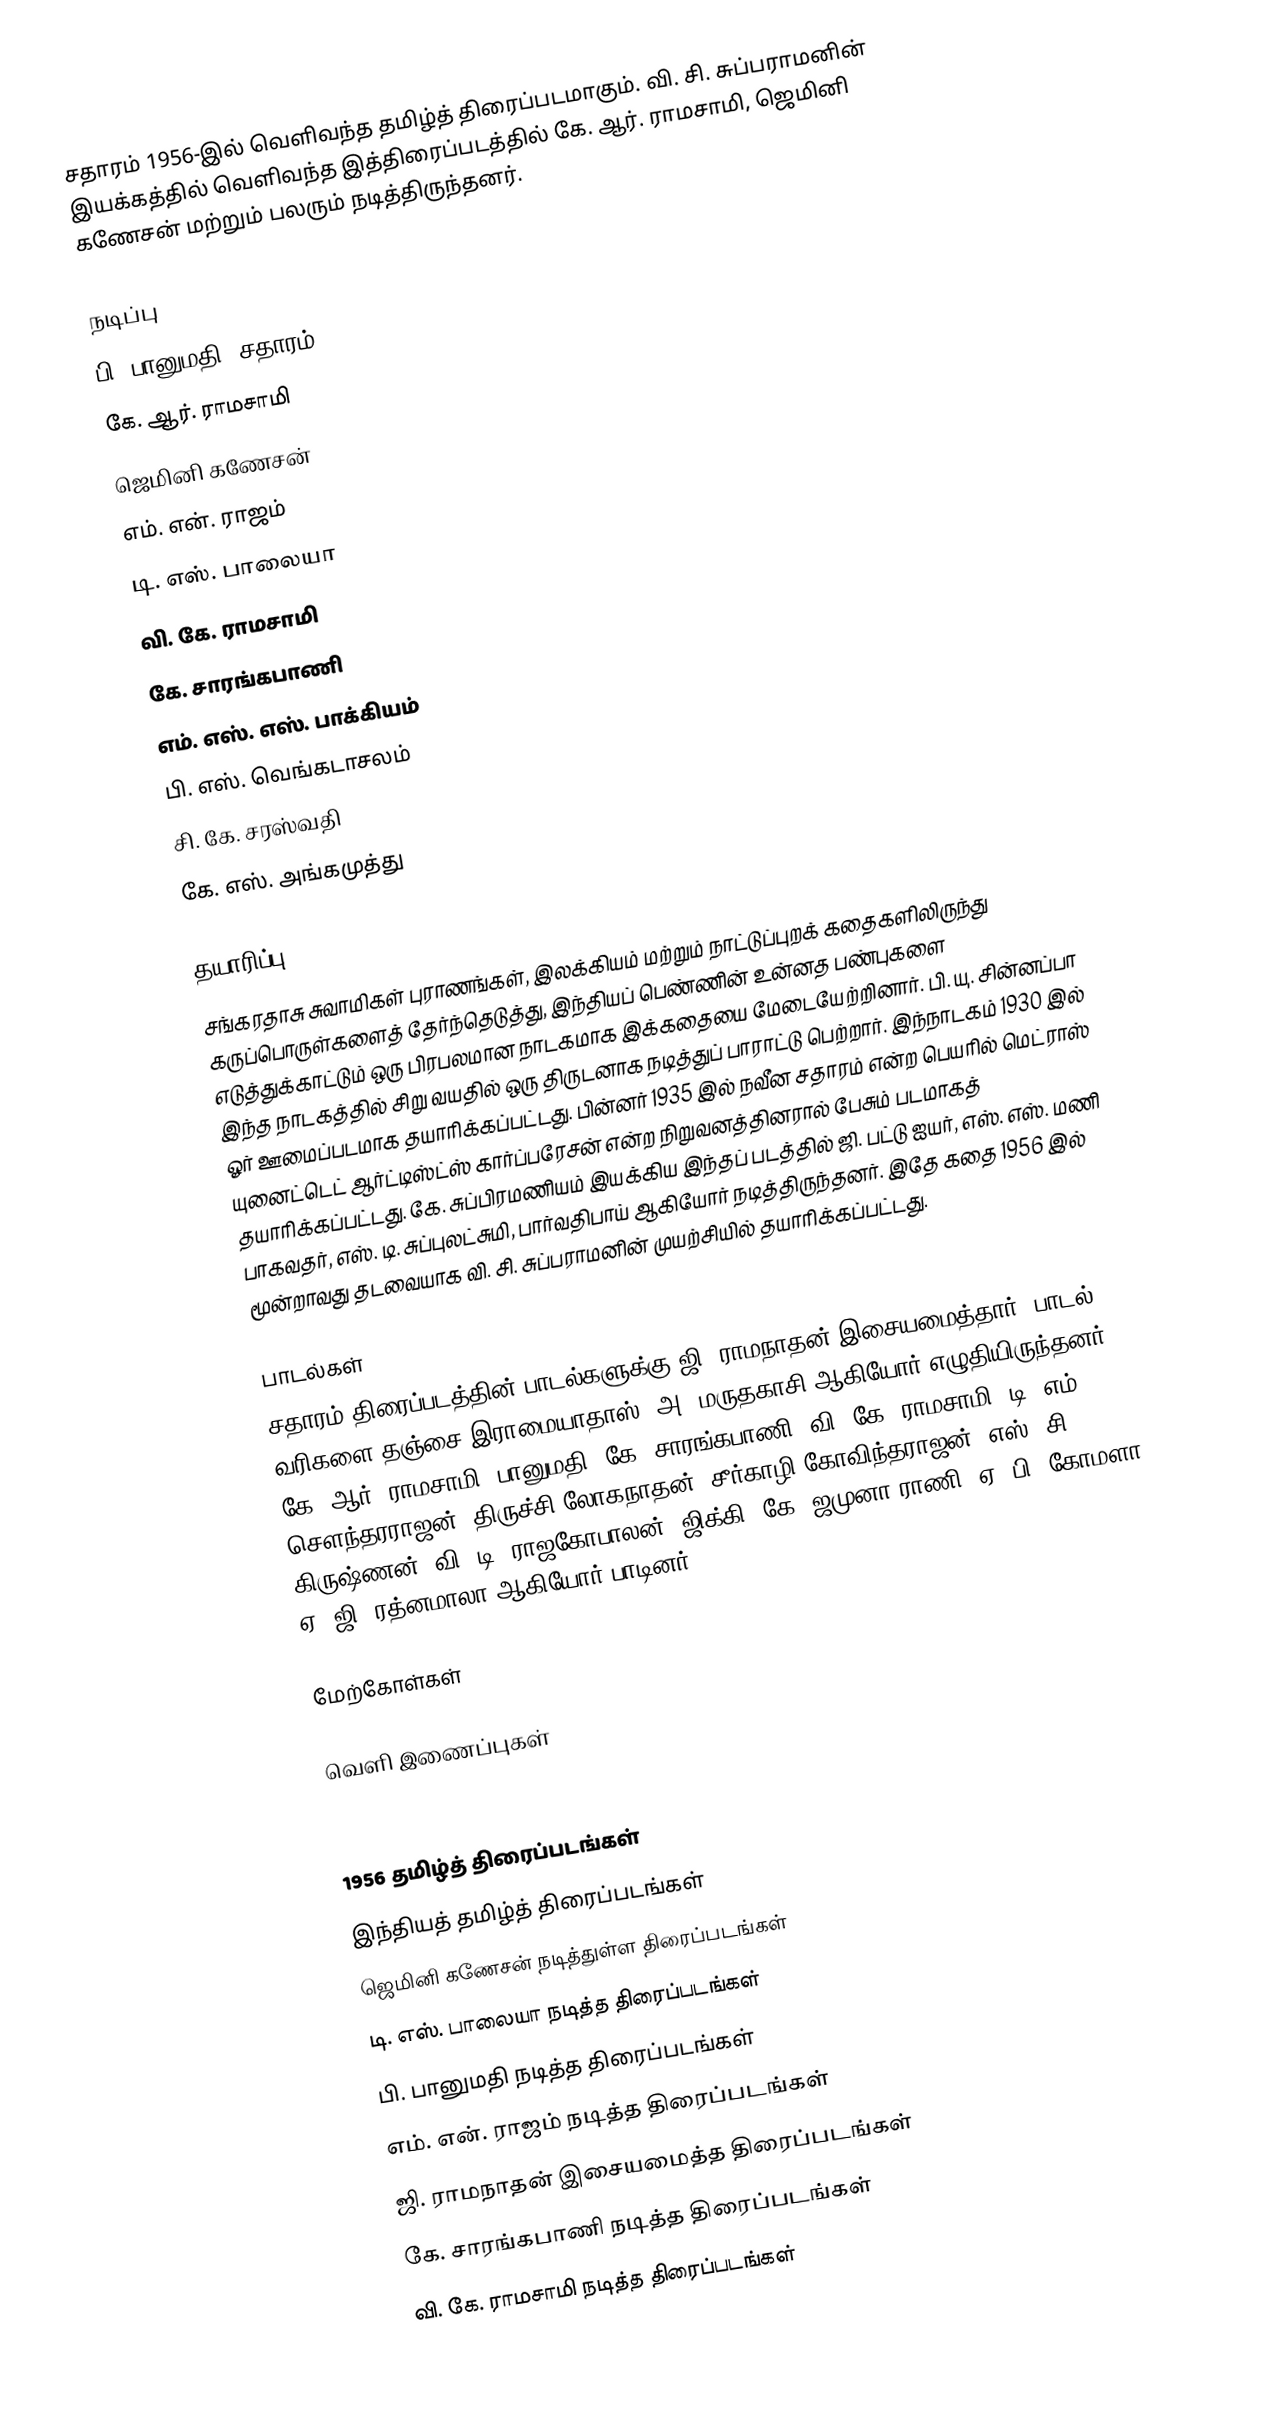
சதாரம் 1956-இல் வெளிவந்த தமிழ்த் திரைப்படமாகும். வி. சி. சுப்பராமனின் இயக்கத்தில் வெளிவந்த இத்திரைப்படத்தில் கே. ஆர். ராமசாமி, ஜெமினி கணேசன் மற்றும் பலரும் நடித்திருந்தனர்.

நடிப்பு
பி. பானுமதி (சதாரம்)
கே. ஆர். ராமசாமி
ஜெமினி கணேசன்
எம். என். ராஜம்
டி. எஸ். பாலையா
வி. கே. ராமசாமி
கே. சாரங்கபாணி
எம். எஸ். எஸ். பாக்கியம்
பி. எஸ். வெங்கடாசலம்
சி. கே. சரஸ்வதி
கே. எஸ். அங்கமுத்து

தயாரிப்பு
சங்கரதாசு சுவாமிகள் புராணங்கள், இலக்கியம் மற்றும் நாட்டுப்புறக் கதைகளிலிருந்து கருப்பொருள்களைத் தேர்ந்தெடுத்து, இந்தியப் பெண்ணின் உன்னத பண்புகளை எடுத்துக்காட்டும் ஒரு பிரபலமான நாடகமாக இக்கதையை மேடையேற்றினார். பி. யு. சின்னப்பா இந்த நாடகத்தில் சிறு வயதில் ஒரு திருடனாக நடித்துப் பாராட்டு பெற்றார். இந்நாடகம் 1930 இல் ஓர் ஊமைப்படமாக தயாரிக்கப்பட்டது. பின்னர் 1935 இல் நவீன சதாரம் என்ற பெயரில் மெட்ராஸ் யுனைட்டெட் ஆர்ட்டிஸ்ட்ஸ் கார்ப்பரேசன் என்ற நிறுவனத்தினரால் பேசும் படமாகத் தயாரிக்கப்பட்டது. கே. சுப்பிரமணியம் இயக்கிய இந்தப் படத்தில் ஜி. பட்டு ஐயர், எஸ். எஸ். மணி பாகவதர், எஸ். டி. சுப்புலட்சுமி, பார்வதிபாய் ஆகியோர் நடித்திருந்தனர். இதே கதை 1956 இல் மூன்றாவது தடவையாக வி. சி. சுப்பராமனின் முயற்சியில் தயாரிக்கப்பட்டது.

பாடல்கள்
சதாரம் திரைப்படத்தின் பாடல்களுக்கு ஜி. ராமநாதன் இசையமைத்தார். பாடல் வரிகளை தஞ்சை இராமையாதாஸ், அ. மருதகாசி ஆகியோர் எழுதியிருந்தனர்.  கே. ஆர். ராமசாமி, பானுமதி, கே. சாரங்கபாணி, வி. கே. ராமசாமி, டி. எம். சௌந்தரராஜன், திருச்சி லோகநாதன், சீர்காழி கோவிந்தராஜன், எஸ். சி. கிருஷ்ணன், வி. டி. ராஜகோபாலன், ஜிக்கி,  கே. ஜமுனா ராணி, ஏ. பி. கோமளா, ஏ. ஜி. ரத்னமாலா ஆகியோர் பாடினர்.

மேற்கோள்கள்

வெளி இணைப்புகள்

1956 தமிழ்த் திரைப்படங்கள்
இந்தியத் தமிழ்த் திரைப்படங்கள்
ஜெமினி கணேசன் நடித்துள்ள திரைப்படங்கள்
டி. எஸ். பாலையா நடித்த திரைப்படங்கள்
பி. பானுமதி நடித்த திரைப்படங்கள்
எம். என். ராஜம் நடித்த திரைப்படங்கள்
ஜி. ராமநாதன் இசையமைத்த திரைப்படங்கள்
கே. சாரங்கபாணி நடித்த திரைப்படங்கள்
வி. கே. ராமசாமி நடித்த திரைப்படங்கள்